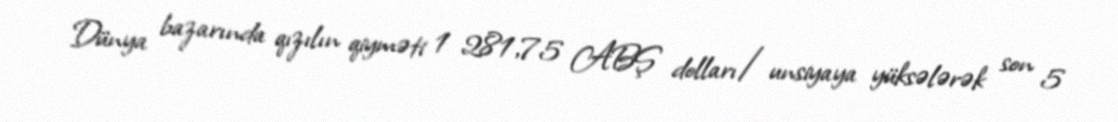
Dünya bazarında qızılın qiyməti 1 281,75 ABŞ dolları/unsiyaya yüksələrək son 5